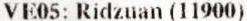
VE05: RIDZUAN (11900)